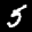
Label: 5